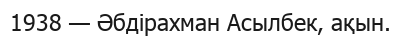
1938 — Әбдірахман Асылбек, ақын.